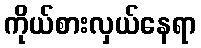
ကိုယ်စားလှယ်နေရာ